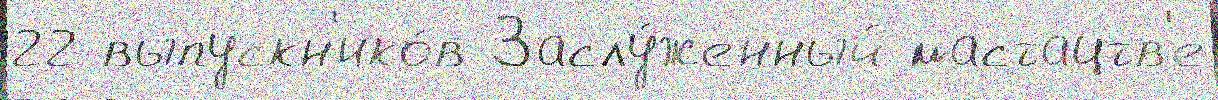
22 выпускн'ико́в Заслу́женный мастацтв'е